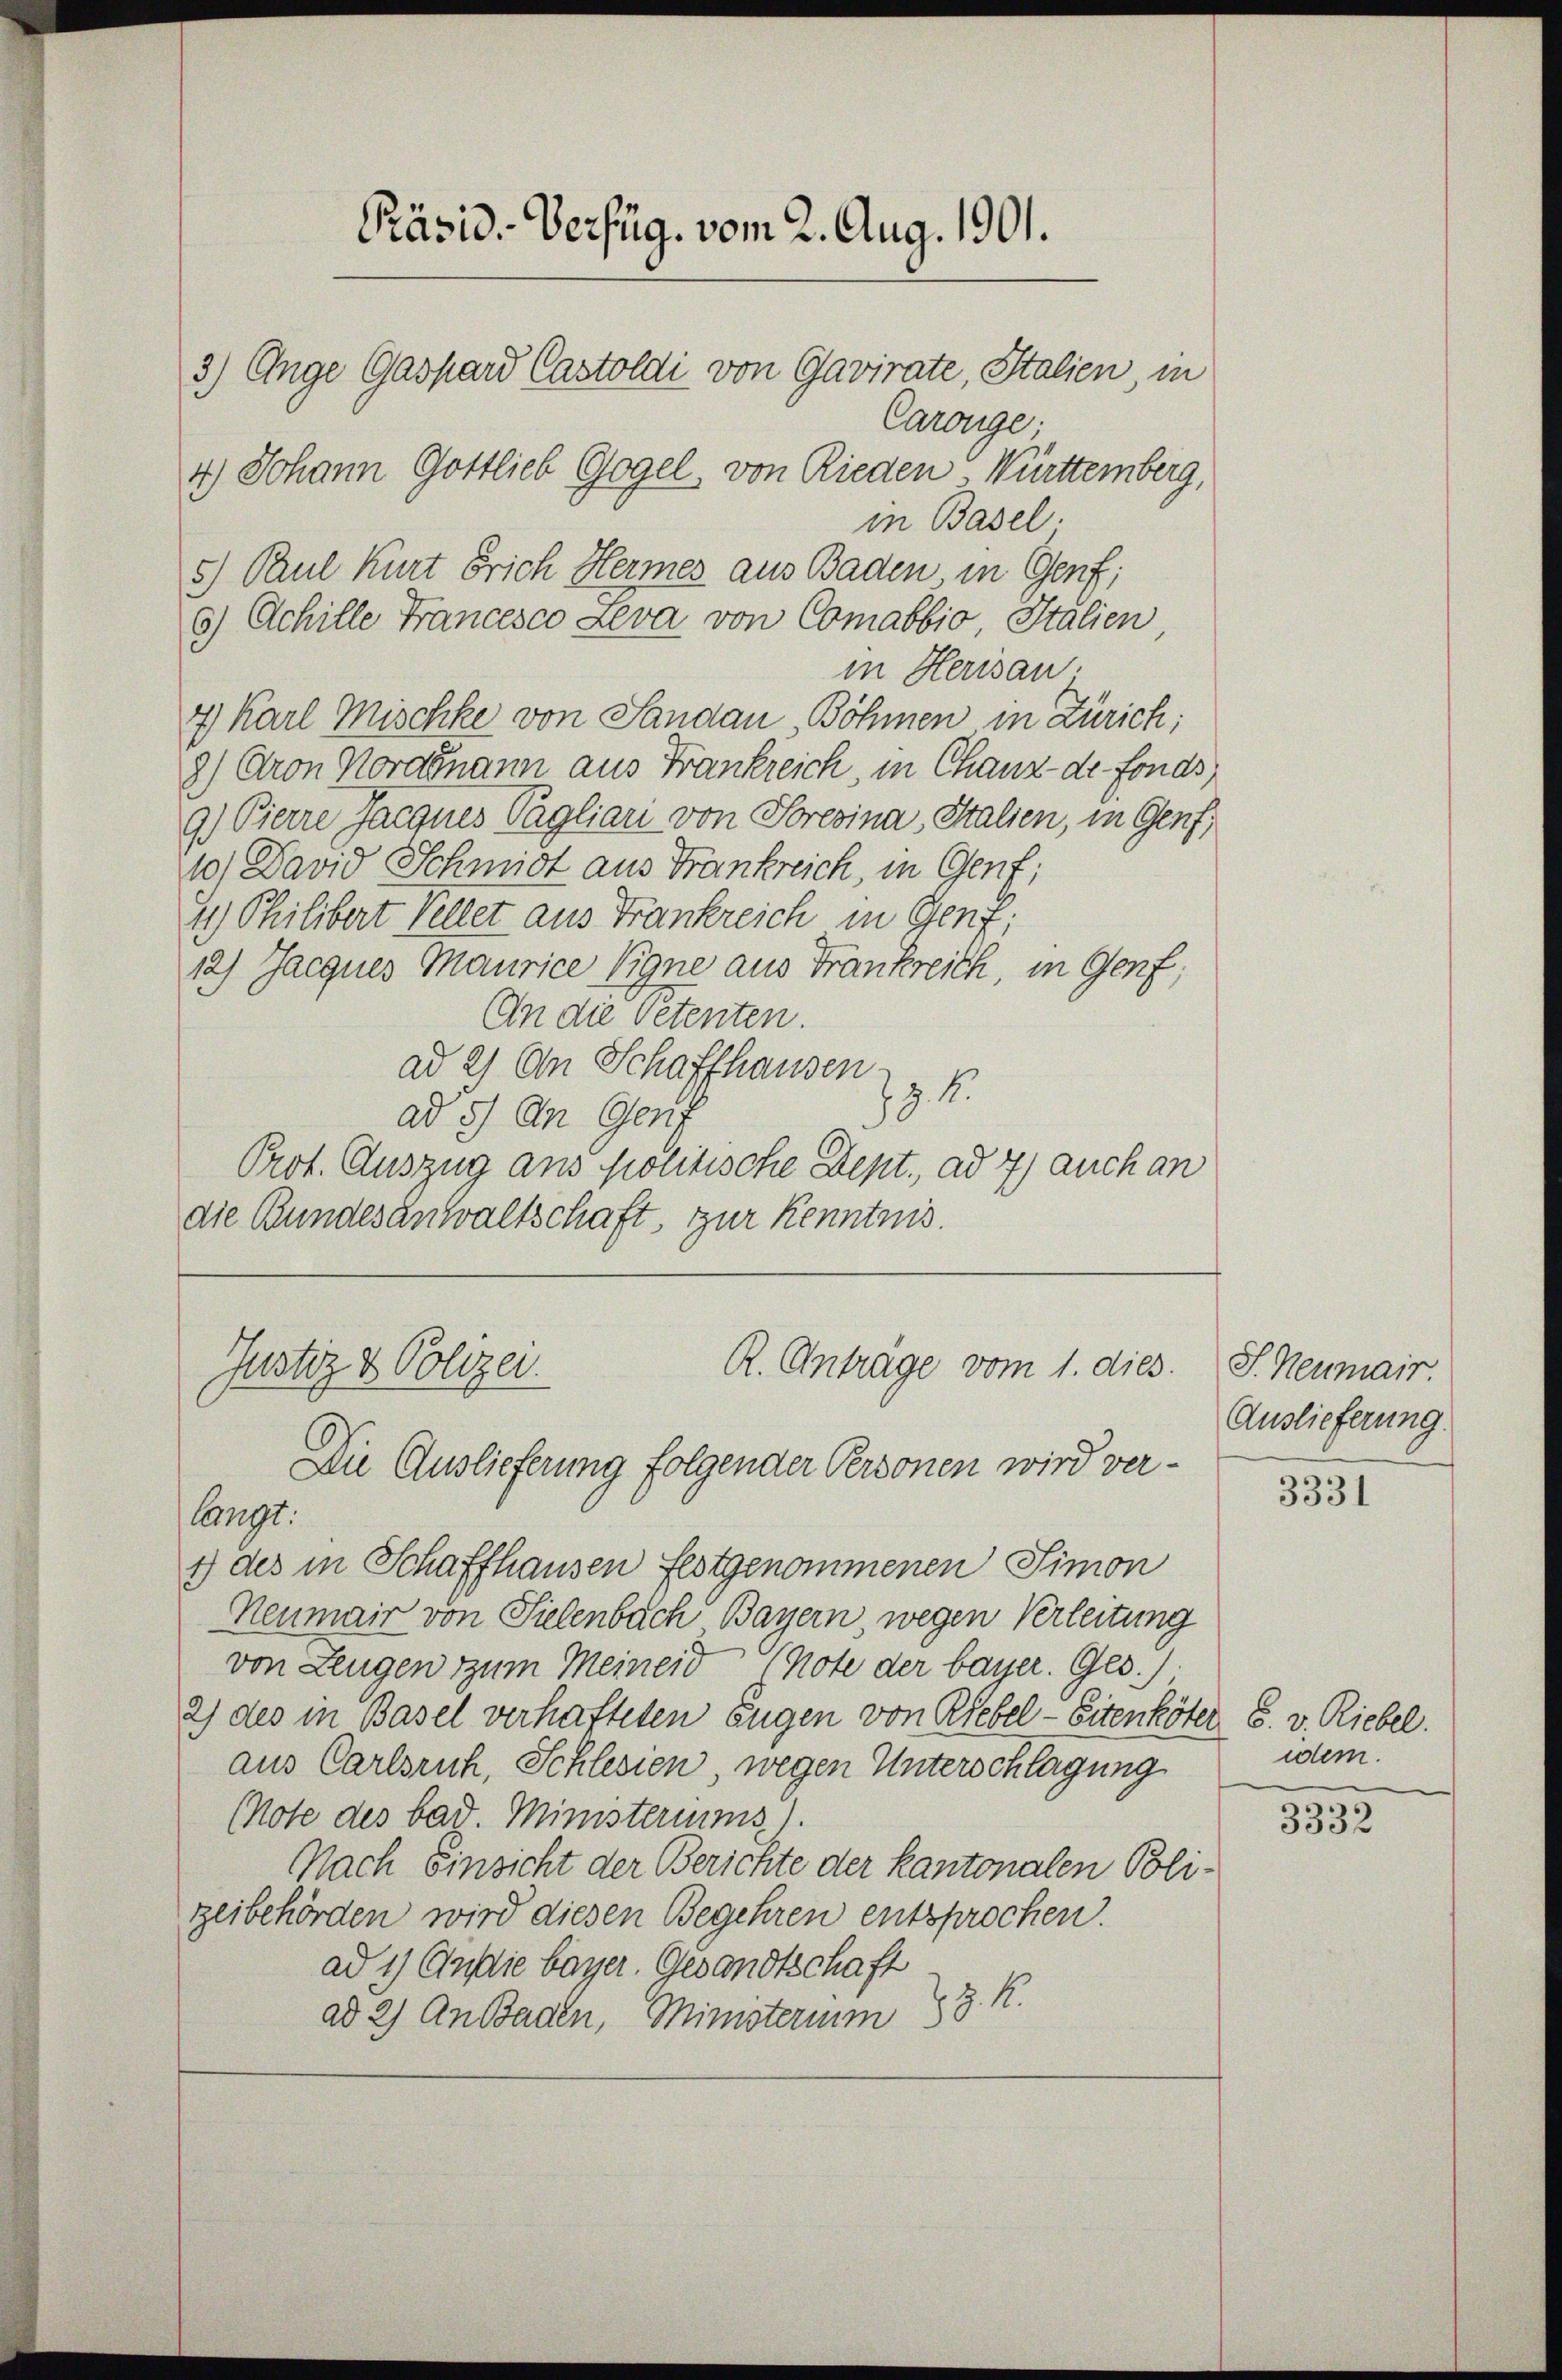
Präsid.-Verfüg. vom 2. Aug. 1901.
3.) Ange Gaspard Castoldi von Gavirate, Italien, in

Carouge.
4) Johann Gottlieb Gogel, von Rieden Württemberg,
in Basel.
5) Paul Kurt brich Hermes aus Baden in Genf;
6) Achille Francesco Leva von Comabbio, Italien
in Herisau.
7) Karl Mischke von Sandau Böhmen in Zürich;
8) Cron Nordmann aus Frankreich, in Chaux de fonds,
9.) Pierre jacgnes Pagliari von Soresina, Stalien, in Genf,
10) David Schmidt aus Frankreich, in Genf;
I.) Philibert Vellet aus Frankreich in Genf;
12.) Jacques Maurice Vigne aus Frankreich, in Genf,
An die Petenten.
ad 2) An Schaffhausen
 z. B.
ad 5) An Genf
Prot. Auszug aus politische Dept., ad 7) auch an
die Bundesanwaltschaft, zur Kenntnis.
R. Antrage vom 1. dies
Justiz & Polizei.
Die Auslieferung folgender Personen wird verlangt.
1) des in Schaffhausen festgenommenen Simon
Neumair von Sielenbach Bayern, wegen Verleitung
von Zeugen zum Meineid (note der bayer. Ges.)
2) des in Basel verhafteten Eugen von Riebel - Eitenköter 6. v. Riebel.
aus Carlsruh, Schlesien, wegen Unterschlagung
Mote des bad. Ministeriums).
Nach Einsicht der Berichte der Kantonalen Polizeibehörden wird diesen Begehren entsprochen.
ad 1) Audie bayer. Gesandtschaft
ad 2) An Baden, Ministerium 28. K.

J. Neumair.
Auslieferung.

3331

idem.

3332